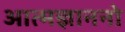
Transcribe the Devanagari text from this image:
आत्मज्ञाननो